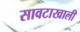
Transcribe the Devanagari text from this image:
सावटाखाली